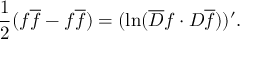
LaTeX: { \frac { 1 } { 2 } } ( f \overline { { f } } - \l { f } { } \l { \overline { { f } } } { } ) = ( \ln ( \overline { { D } } f \cdot D \l { \overline { { f } } } { } ) ) ^ { \prime } .